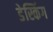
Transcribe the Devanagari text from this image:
डेस्किंग